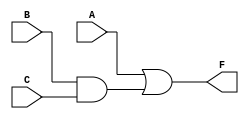
// f=A+BC

module AND_OR(A,B,C,F);
input A,B,C;
output F;
wire w1;
and a1(w1,B,C);
or or1(F,A,w1);
endmodule